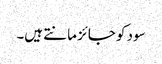
سود کو جائز مانتے ہیں۔